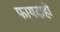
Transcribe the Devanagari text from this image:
फायदाही